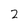
Character: 2